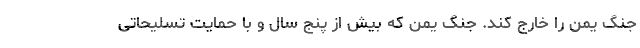
جنگ یمن را خارج کند. جنگ یمن که بیش از پنج سال و با حمایت تسلیحاتی